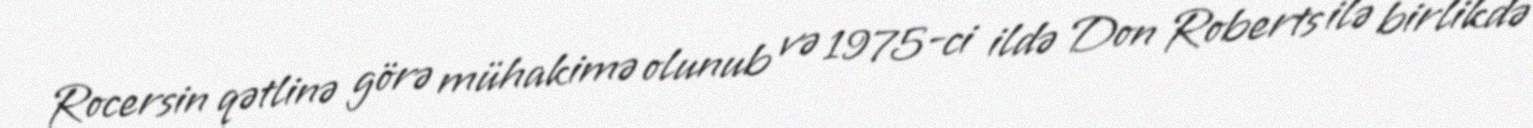
Rocersin qətlinə görə mühakimə olunub və 1975-ci ildə Don Roberts ilə birlikdə